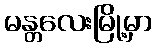
မန္တလေးမြို့မှာ